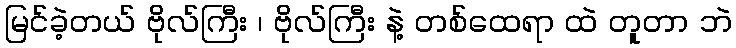
မြင်ခဲ့တယ် ဗိုလ်ကြီး ၊ ဗိုလ်ကြီး နဲ့ တစ်ထေရာ ထဲ တူတာ ဘဲ